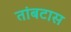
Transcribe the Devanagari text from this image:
तांबटास